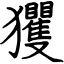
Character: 玃